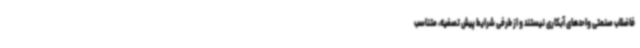
فاضلاب صنعتی واحدهای آبکاری‌ نیستند و از طرفی شرایط پیش تصفیه، متناسب